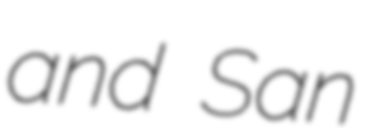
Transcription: and San